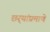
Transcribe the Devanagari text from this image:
छर्‍यांप्रमाणे